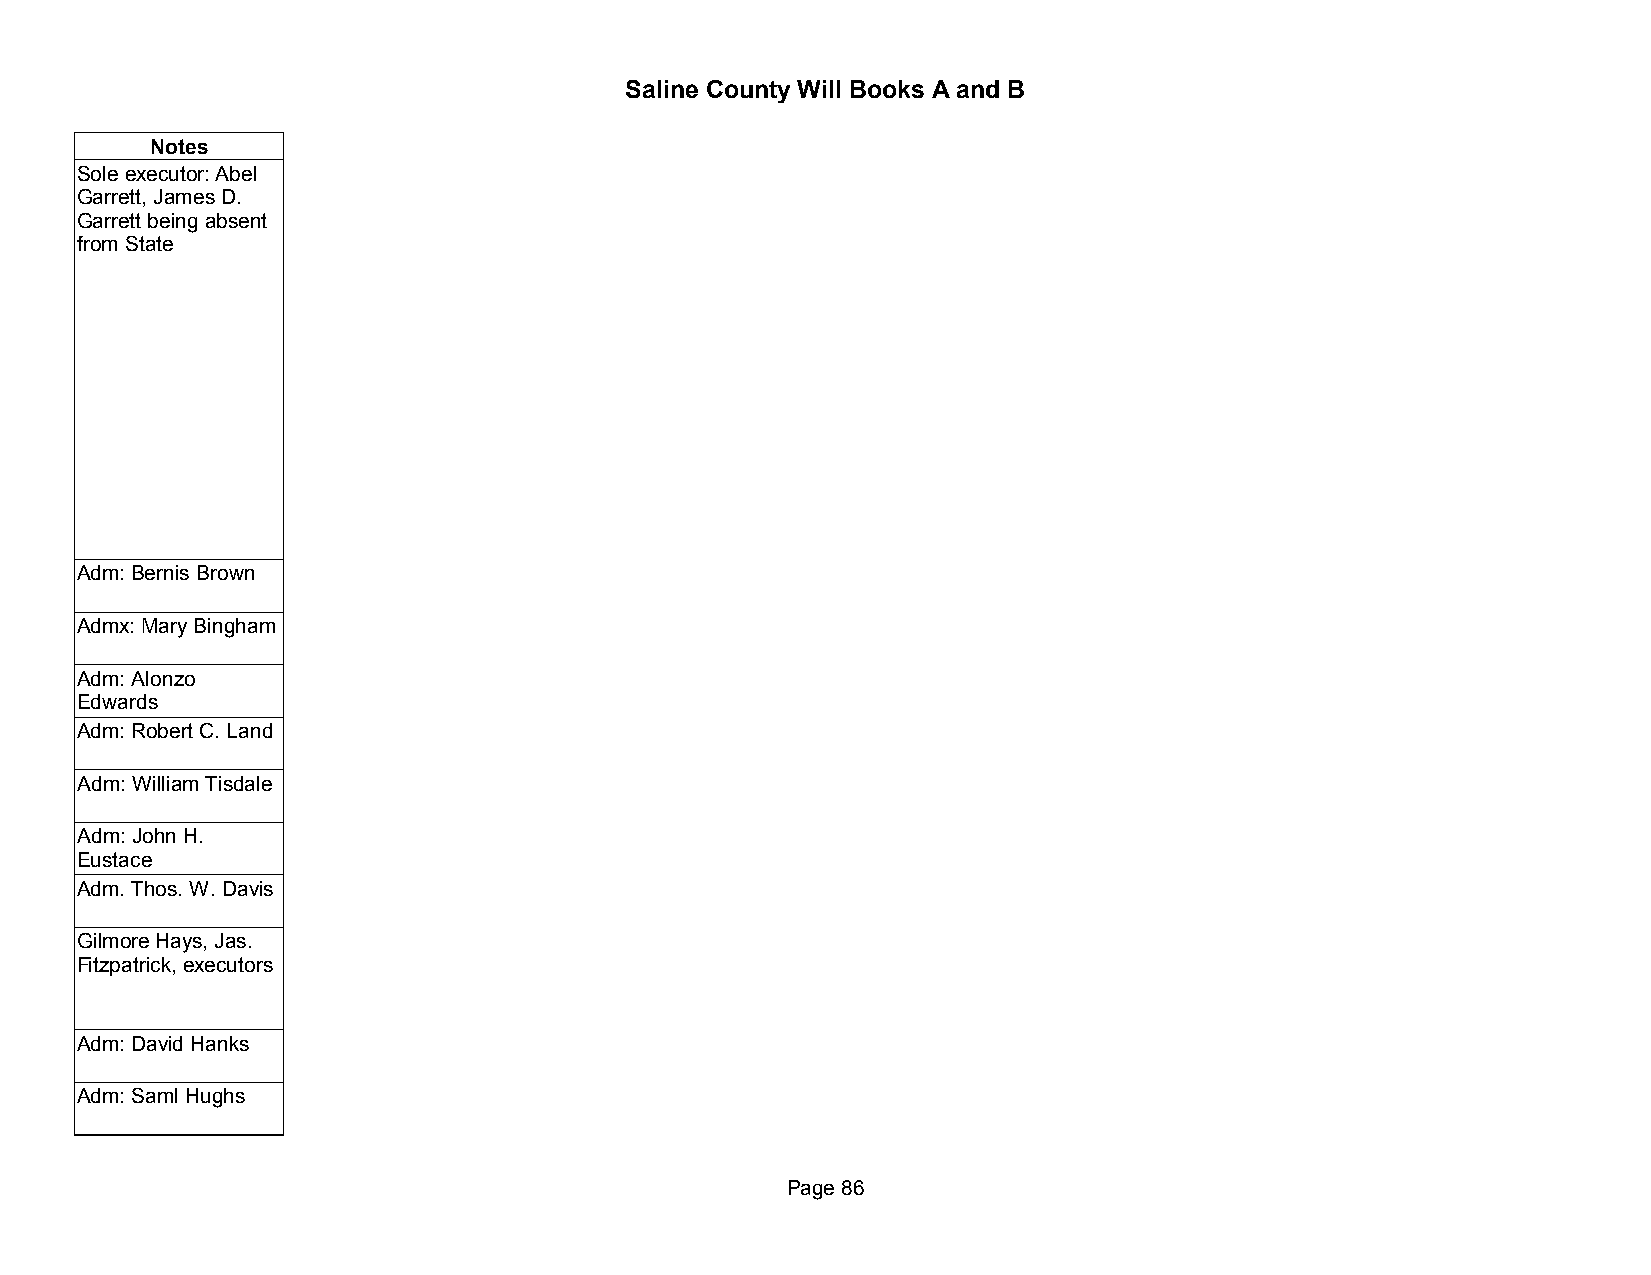
Saline County Will Books A and B
 Notes
 Sole executor: Abel
 Garrett, James D.
 Garrett being absent
 from State
 Adm: Bernis Brown
 Admx: Mary Bingham
 Adm: Alonzo
 Edwards
 Adm: Robert C. Land
 Adm: William Tisdale
 Adm: John H.
 Eustace
 Adm. Thos. W. Davis
 Gilmore Hays, Jas.
 Fitzpatrick, executors
 Adm: David Hanks
 Adm: Saml Hughs
 Page 86